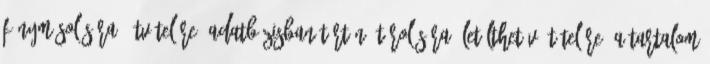
fénymásolására, átvételére, adatbázisban történő tárolására, letölthetővé tételére, a tartalom